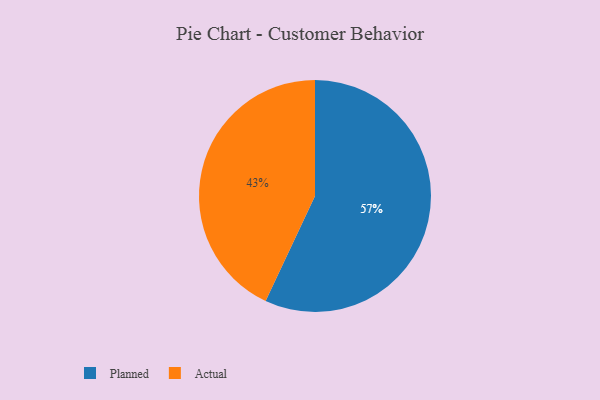
{"axis": {"x": "Category", "y": "Percentage"}, "legend": ["Actual", "Planned"], "data": [{"x": "Planned", "y": 57, "type": "Planned"}, {"x": "Actual", "y": 43, "type": "Actual"}]}